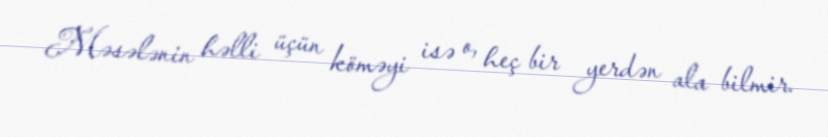
Məsələnin həlli üçün köməyi isə o, heç bir yerdən ala bilmir.